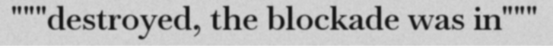
"""destroyed, the blockade was in"""